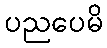
ပညပေမိ